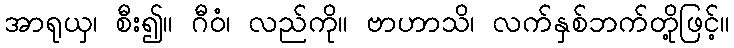
အာရုယှ၊ စီး၍။ ဂီဝံ၊ လည်ကို။ ဗာဟာသိ၊ လက်နှစ်ဘက်တို့ဖြင့်။